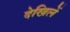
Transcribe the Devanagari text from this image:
देखिलें